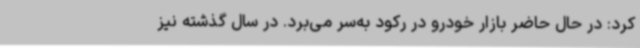
کرد: در حال حاضر بازار خودرو در رکود به‌سر می‌برد. در سال گذشته نیز